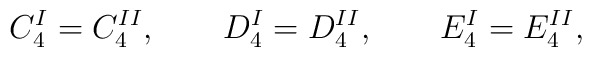
C_4^I=C_4^{II},\qquad D_4^I=D_4^{II},\qquad E_4^I=E_4^{II},